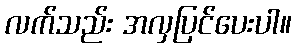
လက်သည်း အလှပြင်ပေးပါ။